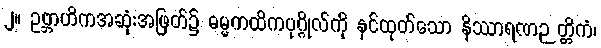
၂။ ဥဗ္ဘာဟိကအဆုံးအဖြတ်၌ ဓမ္မကထိကပုဂ္ဂိုလ်ကို နှင်ထုတ်သော နိဿာရဏဉတ္တိကံ၊